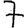
Digit: 7